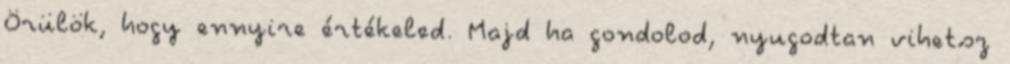
Örülök, hogy ennyire értékeled. Majd ha gondolod, nyugodtan vihetsz